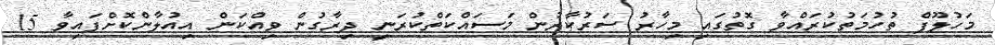
މަހުލޫފް ތުހުމަތުކުރައްވާ ގޮތުގައި މިހާރު ސަރުކާރުން މަސައްކަތްކުރަނީ ދިރާގުން ވިއްކަން އިއުލާންކޮށްފައިވާ 15